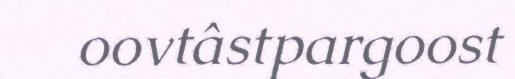
oovtâstpargoost